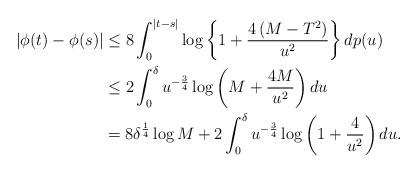
LaTeX: \begin{align*}\left|\phi(t)-\phi(s)\right| & \le8\int_{0}^{\left|t-s\right|}\log\left\{ 1+\frac{4\left(M-T^{2}\right)}{u^{2}}\right\} dp(u)\\ & \le2\int_{0}^{\delta}u^{-\frac{3}{4}}\log\left(M+\frac{4M}{u^{2}}\right)du\\ & =8\delta^{\frac{1}{4}}\log M+2\int_{0}^{\delta}u^{-\frac{3}{4}}\log\left(1+\frac{4}{u^{2}}\right)du.\end{align*}